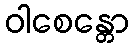
ဝါစေန္တော